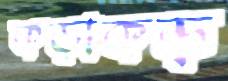
কড়াকড়